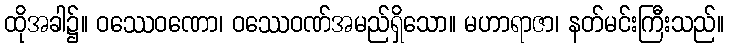
ထိုအခါ၌။ ဝဿေဝဏော၊ ဝဿေဝဏ်အမည်ရှိသော။ မဟာရာဇာ၊ နတ်မင်းကြီးသည်။